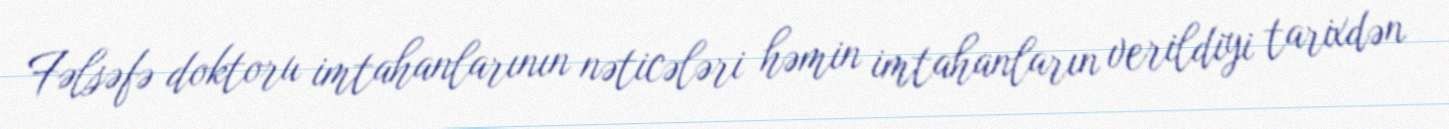
Fəlsəfə doktoru imtahanlarının nəticələri həmin imtahanların verildiyi tarixdən